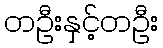
တဦးနှင့်တဦး